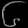
Digit: ၆